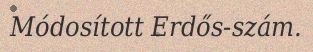
Módosított Erdős-szám.